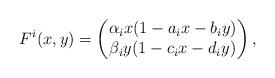
LaTeX: \begin{align*}F^i(x,y) = \begin{pmatrix}\alpha_i x (1 - a_i x - b_i y)\\\beta_i y (1 - c_i x - d_i y)\end{pmatrix},\end{align*}